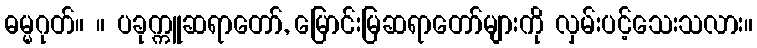
ဓမ္မဂုတ်။ ။ ပခုက္ကူဆရာတော်, မြောင်းမြဆရာတော်များကို လှမ်းပင့်သေးသလား။